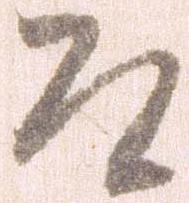
そ